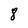
Character: 8